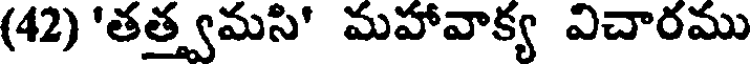
(42) 'తత్త్వమసి' మహావాక్య విచారము